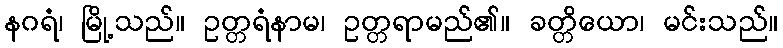
နဂရံ၊ မြို့သည်။ ဥတ္တရံနာမ၊ ဥတ္တရာမည်၏။ ခတ္တိယော၊ မင်းသည်။